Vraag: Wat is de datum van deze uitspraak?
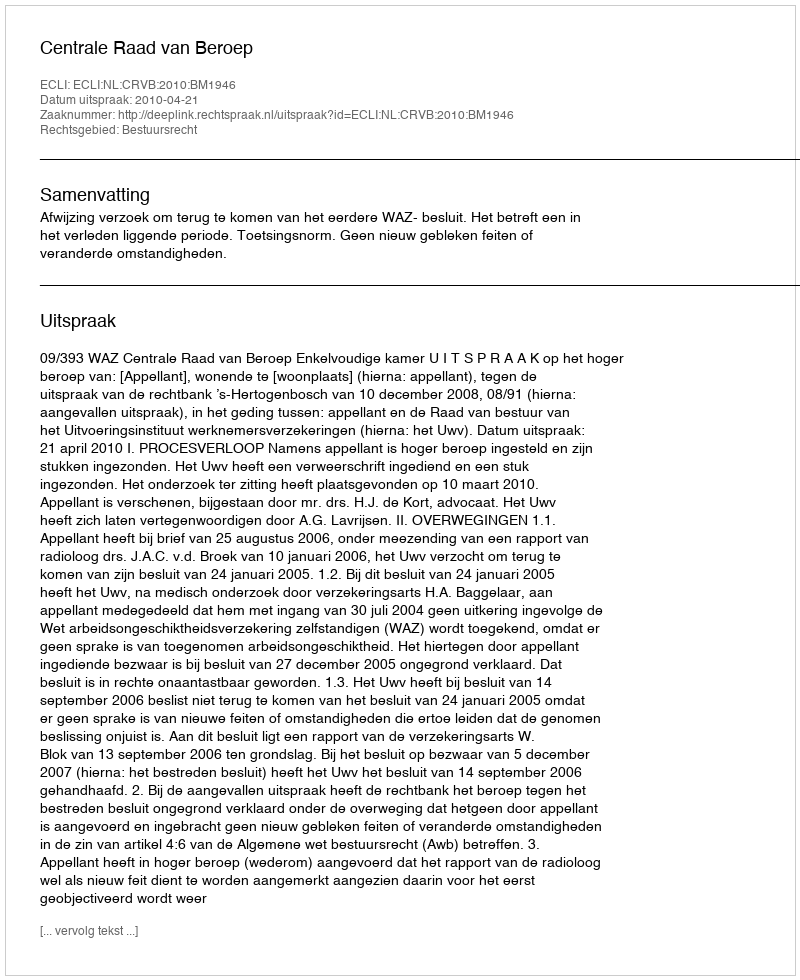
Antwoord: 2010-04-21